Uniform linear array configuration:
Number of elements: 24
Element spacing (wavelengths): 0.75
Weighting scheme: hamming
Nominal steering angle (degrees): -30
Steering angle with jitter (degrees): -29.847
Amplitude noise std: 0.05
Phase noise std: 0.05

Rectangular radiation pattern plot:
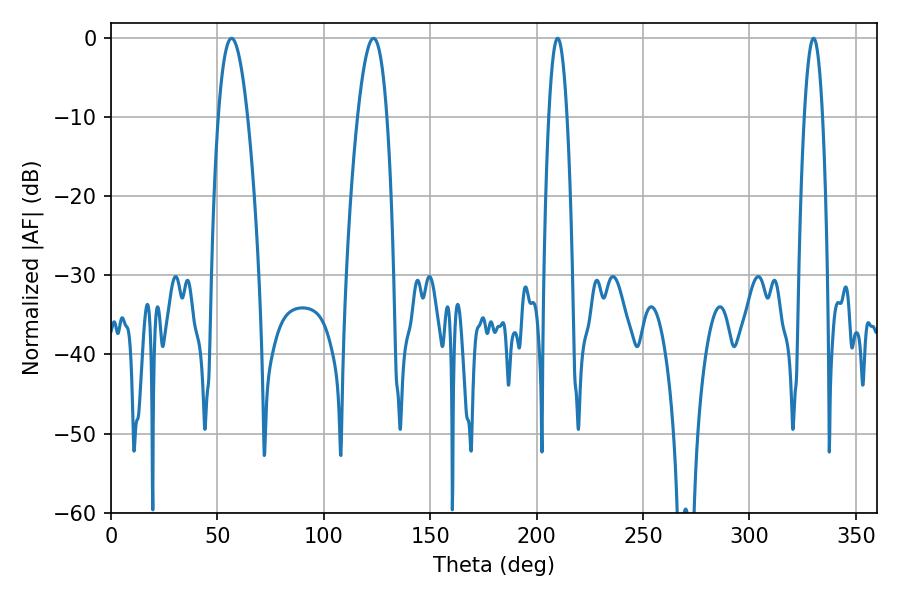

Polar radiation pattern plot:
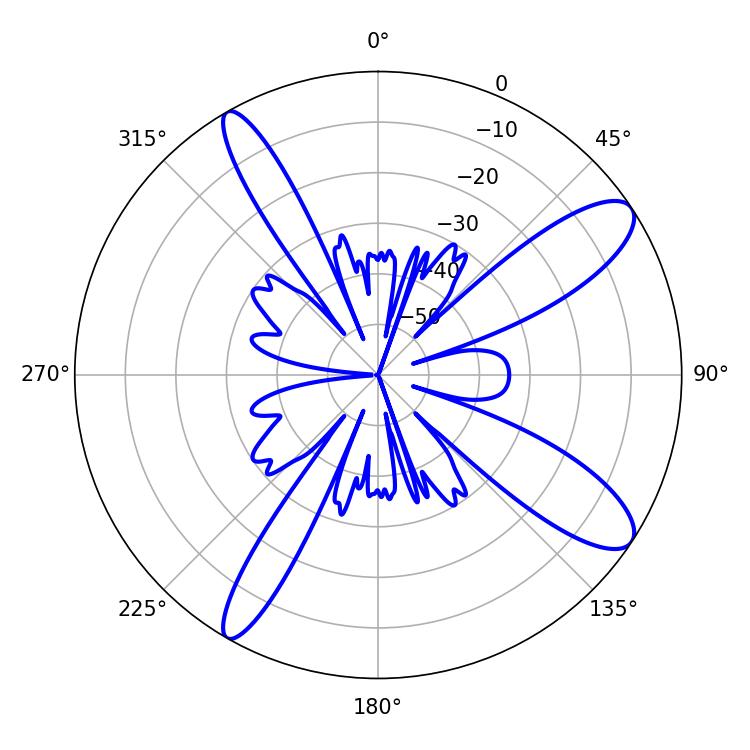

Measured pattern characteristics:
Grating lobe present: TRUE
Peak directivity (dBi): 11.267
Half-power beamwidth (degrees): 4.68
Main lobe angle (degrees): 209.88